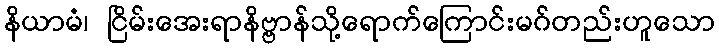
နိယာမံ၊ ငြိမ်းအေးရာနိဗ္ဗာန်သို့ရောက်ကြောင်းမဂ်တည်းဟူသော